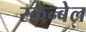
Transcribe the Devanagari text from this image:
स्केन्बेल